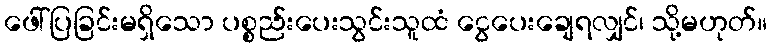
ဖေါ်ပြခြင်းမရှိသော ပစ္စည်းပေးသွင်းသူထံ ငွေပေးချေရလျှင်၊ သို့မဟုတ်။